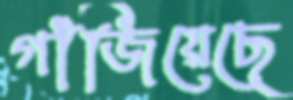
গাঁজিয়েছে